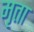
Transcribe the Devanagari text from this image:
मृता